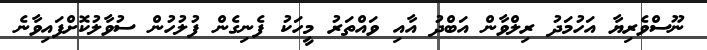
ނޫސްވެރިޔާ އަހުމަދު ރިލްވާން އަބްދު އާއި ވައްތަރު މީހަކު ފެނިގެން ފުލުހުން ސުވާލުކޮށްފައިވާނެ